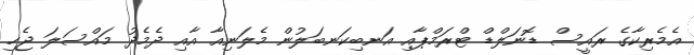
އެމެރިކާގެ ރައީސް ޑޮނަލްޑް ޓްރަމްޕާއި އަނބިކަނބަލުން މެލަނިއާ އާއި ދެމެދު މައްސަލަ ޖެހި